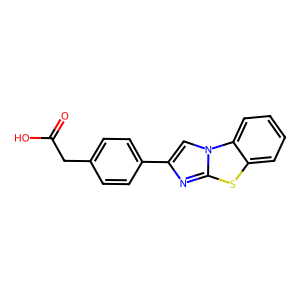
SMILES: O=C(O)Cc1ccc(-c2cn3c(n2)sc2ccccc23)cc1
Inhibits HIV replication: No